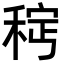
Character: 𫀵